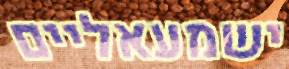
ישמעאליים